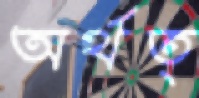
অর্থত্